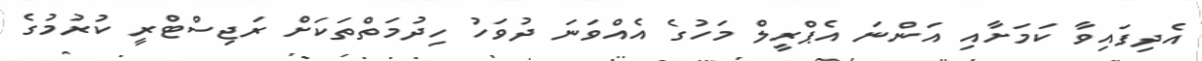
އެދިފައިވާ ކަމަށާއި އަންނަ އެޕްރީލް މަހުގެ އެއްވަނަ ދުވަހު ހިދުމަތްތަކަށް ރަޖިސްޓްރީ ކުރުމުގެ